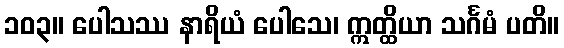
၁၀၃။ ပေါသဿ နာရိယံ ပေါသေ၊ ဣတ္ထိယာ သင်္ဂမံ ပတိ။